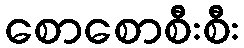
စောစောစီးစီး